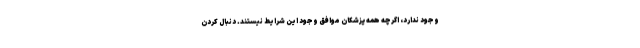
وجود ندارد، اگرچه همه پزشکان موافق وجود این شرایط نیستند. دنبال کردن